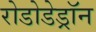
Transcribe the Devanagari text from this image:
रोडोडेड्रॉन